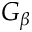
G _ { \beta }